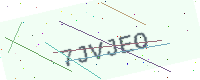
Text: 7JVJEO